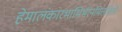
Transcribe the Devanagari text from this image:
हेमालंकारभाभिर्भरनमितशिखैः